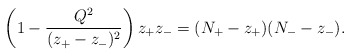
\begin{align*}\left(1-\frac{Q^2}{(z_{+}-z_{-})^2}\right)z_{+}z_{-}=(N_{+}-z_{+})(N_{-}-z_{-}).\end{align*}